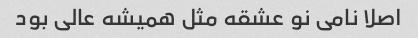
اصلا نامی نو عشقه مثل همیشه عالی بود